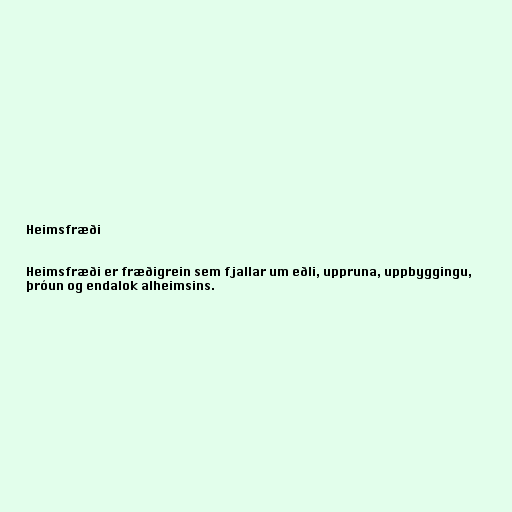
Heimsfræði

Heimsfræði er fræðigrein sem fjallar um eðli, uppruna, uppbyggingu,
þróun og endalok alheimsins.